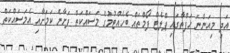
އަދި މިއަންނަ ހަފްތާގައި ޕްލެޓް ފޯމްތައް ބެހެއްޓުމުގެ މަސައްކަތް ފަށާނެ ކަމަށާއި އެމަސައްކަތް